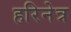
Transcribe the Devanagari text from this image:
हरिनेत्र